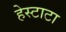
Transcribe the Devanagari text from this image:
हेस्टाटा